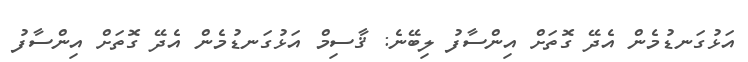
އަޅުގަނޑުމެން އެދޭ ގޮތަށް އިންސާފު ލިބޭނެ: ޤާސިމް އަޅުގަނޑުމެން އެދޭ ގޮތަށް އިންސާފު